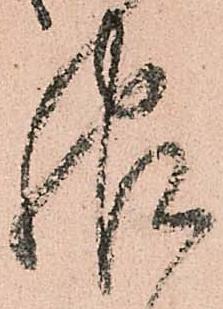
報